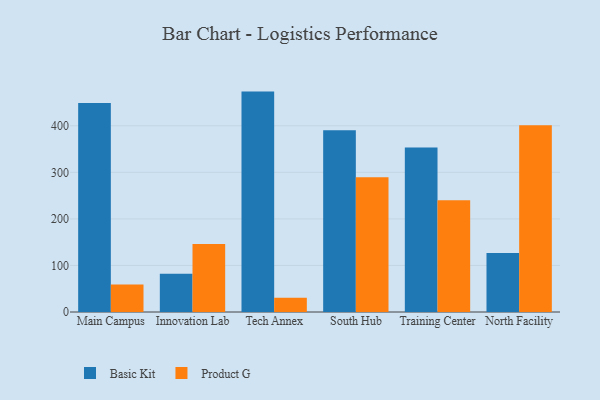
{"axis": {"x": "Campus", "y": "Churn Rate (%)"}, "legend": ["Basic Kit", "Product G"], "data": [{"x": "Main Campus", "y": 449.1, "type": "Basic Kit"}, {"x": "Main Campus", "y": 59.3, "type": "Product G"}, {"x": "Innovation Lab", "y": 82.2, "type": "Basic Kit"}, {"x": "Innovation Lab", "y": 146.3, "type": "Product G"}, {"x": "Tech Annex", "y": 473.4, "type": "Basic Kit"}, {"x": "Tech Annex", "y": 30.8, "type": "Product G"}, {"x": "South Hub", "y": 390.2, "type": "Basic Kit"}, {"x": "South Hub", "y": 289.6, "type": "Product G"}, {"x": "Training Center", "y": 353.1, "type": "Basic Kit"}, {"x": "Training Center", "y": 240.0, "type": "Product G"}, {"x": "North Facility", "y": 126.6, "type": "Basic Kit"}, {"x": "North Facility", "y": 401.3, "type": "Product G"}]}